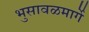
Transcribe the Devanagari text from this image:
भुसावळमार्गे